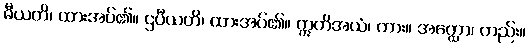
ဓီယတိ၊ ထားအပ်၏။ ဌပီယတိ၊ ထားအပ်၏။ ဣတိအယံ၊ ကား။ အတ္ထော၊ တည်း။